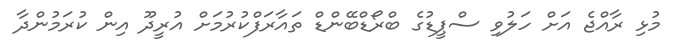
މުޅި ރާއްޖެ އަށް ހަލުވި ސްޕީޑުގެ ބްރޯޑްބޭންޑް ތައާރަފްކުރުމަށް އުރީދޫ އިން ކުރަމުންދާ